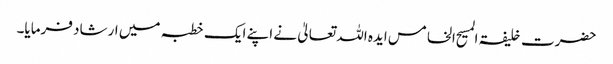
حضرت خلیفۃ المسیح الخامس ایدہ اللہ تعالیٰ نے اپنے ایک خطبہ میں ارشاد فرمایا۔